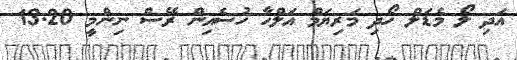
އަދި ލޯ މެޑަލް ހޯދި މަރިޔަމް އަލްހާ ހުސެއިން ރޭސް ނިންމީ 13.20